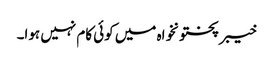
خیبر پختونخواہ میں کوئی کام نہیں ہوا۔